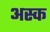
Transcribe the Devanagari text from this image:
अस्क